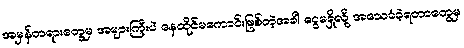
အမှန်တရားတွေမှ အများကြီးပဲ နေထိုင်မကောင်းဖြစ်တဲ့အခါ ငွေမရှိလို့ အသေခံခဲ့ရတာတွေမှ